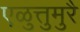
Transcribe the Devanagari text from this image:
एळुत्तुमुरै